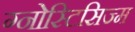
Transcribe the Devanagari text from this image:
ग्नोस्टिसिज्म